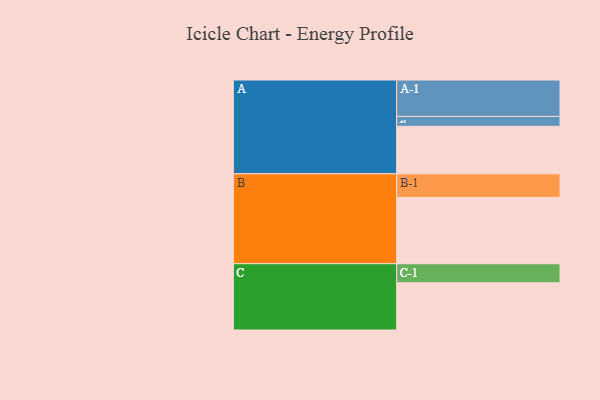
{"axis": {"x": "Segment", "y": "Value"}, "legend": ["", "A", "B", "C"], "data": [{"x": "A", "y": 309, "type": ""}, {"x": "B", "y": 431, "type": ""}, {"x": "C", "y": 307, "type": ""}, {"x": "A-1", "y": 237, "type": "A"}, {"x": "A-2", "y": 64, "type": "A"}, {"x": "B-1", "y": 153, "type": "B"}, {"x": "C-1", "y": 124, "type": "C"}]}